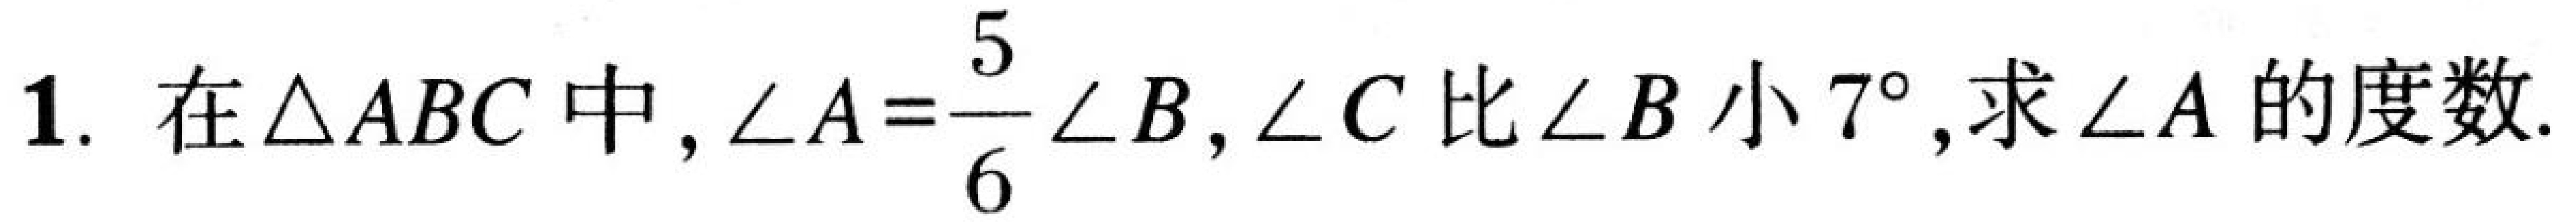
1. 在$\triangle ABC$中，$\angle A = \dfrac{5}{6}\angle B$，$\angle C$比$\angle B$小$7^{\circ}$，求$\angle A$的度数.